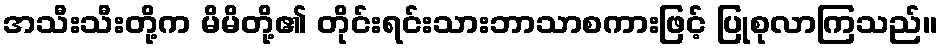
အသီးသီးတို့က မိမိတို့၏ တိုင်းရင်းသားဘာသာစကားဖြင့် ပြုစုလာကြသည်။